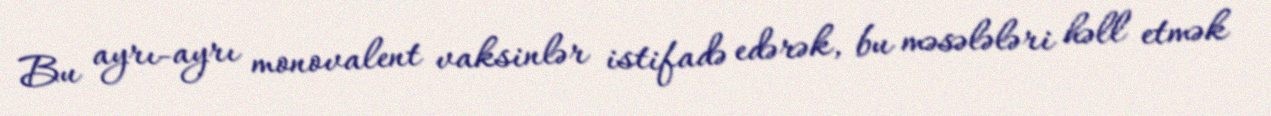
Bu ayrı-ayrı monovalent vaksinlər istifadə edərək, bu məsələləri həll etmək